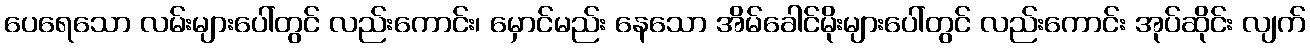
ပေရေသော လမ်းများပေါ်တွင် လည်းကောင်း၊ မှောင်မည်း နေသော အိမ်ခေါင်မိုးများပေါ်တွင် လည်းကောင်း အုပ်ဆိုင်း လျက်